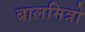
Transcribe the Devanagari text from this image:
बालमित्रो